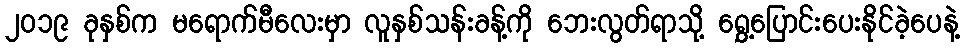
၂၀၁၉ ခုနှစ်က မရောက်မီလေးမှာ လူနှစ်သန်းခန့်ကို ဘေးလွတ်ရာသို့ ရွှေ့ပြောင်းပေးနိုင်ခဲ့ပေနဲ့